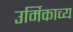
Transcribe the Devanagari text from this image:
उर्मिकाव्य